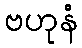
ဗဟုနံ